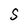
Character: S